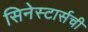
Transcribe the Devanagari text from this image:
सिनेस्टार्सची